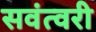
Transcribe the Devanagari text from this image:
सवंत्वरी